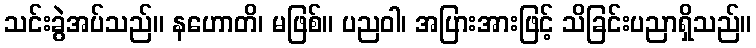
သင်းခွဲအပ်သည်။ နဟောတိ၊ မဖြစ်။ ပညဝါ၊ အပြားအားဖြင့် သိခြင်းပညာရှိသည်။